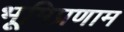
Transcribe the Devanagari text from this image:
भूमिप्रणाम